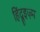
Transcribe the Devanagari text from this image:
हिंदूइज़्म